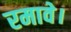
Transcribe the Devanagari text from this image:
रमावे।